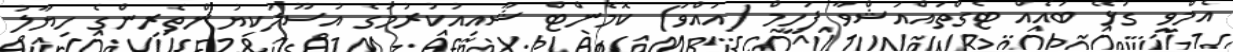
އެމްވީ ގުޅޭ ބައެއް ޓެގްތައްއަޝްވާ ފަހީމް (އައްވަ) ކޮމެންޓް ޝާއިއުކުރުމުގެ އުސޫލުކިޔުންތެރިންގެ ހިޔާލު